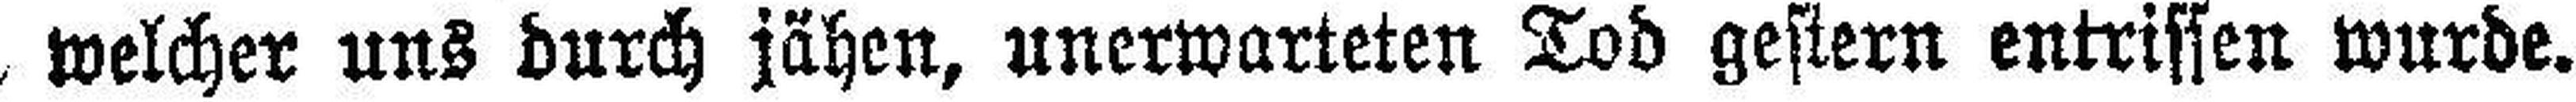
welcher uns durch jähen, unerwarteten Tod gestern entrissen wurde.